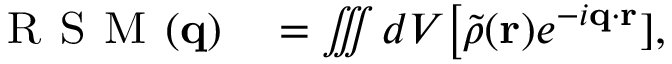
\begin{array} { r l } { \textsc { R S M } ( \mathbf { q } ) } & { { } = \iiint d V \big [ \Tilde { \rho } ( \mathbf { r } ) e ^ { - i \mathbf { q } \cdot \mathbf { r } } ] , } \end{array}